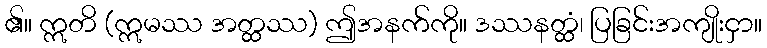
၏။ ဣတိ (ဣမဿ အတ္ထဿ) ဤအနက်ကို။ ဒဿနတ္ထံ၊ ပြခြင်းအကျိုးငှာ။